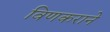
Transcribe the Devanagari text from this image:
विणकराने